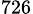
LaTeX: _{726}